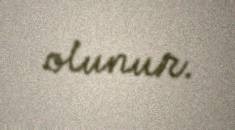
olunur.